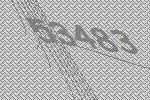
53483